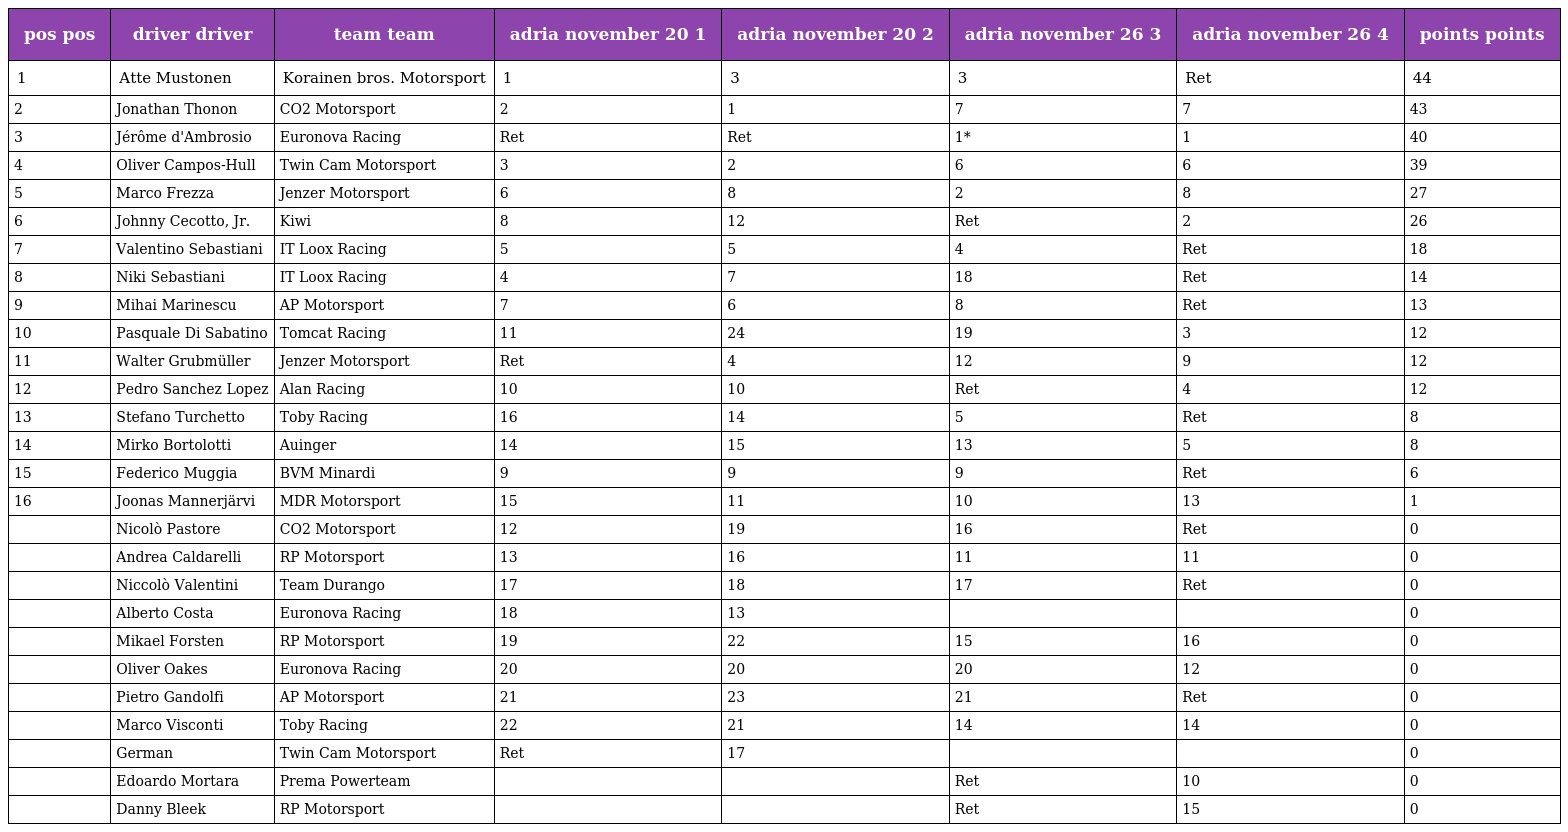
| pos pos | driver driver | team team | adria november 20 1 | adria november 20 2 | adria november 26 3 | adria november 26 4 | points points |
 | --- | --- | --- | --- | --- | --- | --- | --- |
 | 1 | Atte Mustonen | Korainen bros. Motorsport | 1 | 3 | 3 | Ret | 44 |
 | 2 | Jonathan Thonon | CO2 Motorsport | 2 | 1 | 7 | 7 | 43 |
 | 3 | Jérôme d'Ambrosio | Euronova Racing | Ret | Ret | 1* | 1 | 40 |
 | 4 | Oliver Campos-Hull | Twin Cam Motorsport | 3 | 2 | 6 | 6 | 39 |
 | 5 | Marco Frezza | Jenzer Motorsport | 6 | 8 | 2 | 8 | 27 |
 | 6 | Johnny Cecotto, Jr. | Kiwi | 8 | 12 | Ret | 2 | 26 |
 | 7 | Valentino Sebastiani | IT Loox Racing | 5 | 5 | 4 | Ret | 18 |
 | 8 | Niki Sebastiani | IT Loox Racing | 4 | 7 | 18 | Ret | 14 |
 | 9 | Mihai Marinescu | AP Motorsport | 7 | 6 | 8 | Ret | 13 |
 | 10 | Pasquale Di Sabatino | Tomcat Racing | 11 | 24 | 19 | 3 | 12 |
 | 11 | Walter Grubmüller | Jenzer Motorsport | Ret | 4 | 12 | 9 | 12 |
 | 12 | Pedro Sanchez Lopez | Alan Racing | 10 | 10 | Ret | 4 | 12 |
 | 13 | Stefano Turchetto | Toby Racing | 16 | 14 | 5 | Ret | 8 |
 | 14 | Mirko Bortolotti | Auinger | 14 | 15 | 13 | 5 | 8 |
 | 15 | Federico Muggia | BVM Minardi | 9 | 9 | 9 | Ret | 6 |
 | 16 | Joonas Mannerjärvi | MDR Motorsport | 15 | 11 | 10 | 13 | 1 |
 |  | Nicolò Pastore | CO2 Motorsport | 12 | 19 | 16 | Ret | 0 |
 |  | Andrea Caldarelli | RP Motorsport | 13 | 16 | 11 | 11 | 0 |
 |  | Niccolò Valentini | Team Durango | 17 | 18 | 17 | Ret | 0 |
 |  | Alberto Costa | Euronova Racing | 18 | 13 |  |  | 0 |
 |  | Mikael Forsten | RP Motorsport | 19 | 22 | 15 | 16 | 0 |
 |  | Oliver Oakes | Euronova Racing | 20 | 20 | 20 | 12 | 0 |
 |  | Pietro Gandolfi | AP Motorsport | 21 | 23 | 21 | Ret | 0 |
 |  | Marco Visconti | Toby Racing | 22 | 21 | 14 | 14 | 0 |
 |  | German | Twin Cam Motorsport | Ret | 17 |  |  | 0 |
 |  | Edoardo Mortara | Prema Powerteam |  |  | Ret | 10 | 0 |
 |  | Danny Bleek | RP Motorsport |  |  | Ret | 15 | 0 |